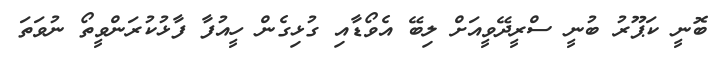
ބޮނީ ކަޕޫރު ބުނީ ސްރީދޭވީއަށް ލިބޭ އެވޯޑާއި ގުޅިގެން ހީއުފާ ފާޅުކުރަންވީތޯ ނުވަތަ